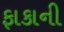
ફાકાની